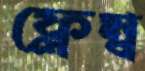
ফ্লেম্ব